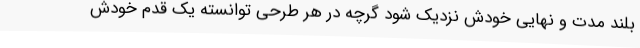
بلند مدت و نهایی خودش نزدیک شود گرچه در هر طرحی توانسته یک قدم خودش